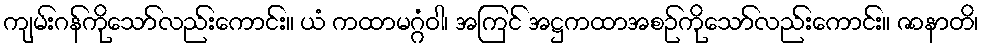
ကျမ်းဂန်ကိုသော်လည်းကောင်း။ ယံ ကထာမဂ္ဂံဝါ၊ အကြင် အဋ္ဌကထာအစဉ်ကိုသော်လည်းကောင်း။ ဇာနာတိ၊